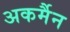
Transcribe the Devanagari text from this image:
अकर्मैन